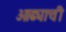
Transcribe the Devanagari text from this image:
ओढ्याची